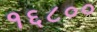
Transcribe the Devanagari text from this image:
१६८००